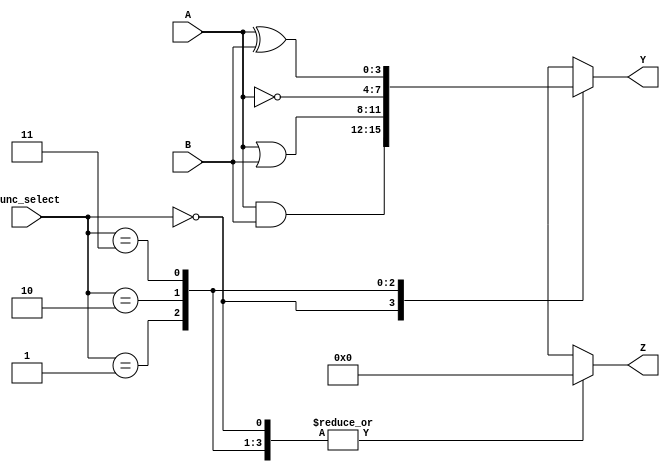
module CLB (
    input wire [3:0] A,         // Inputs (A, B, C, D)
    input wire [3:0] B,         
    input wire [1:0] func_select, // Function select (00: AND, 01: OR, 10: NOT, 11: XOR)
    output reg [3:0] Y,         // Outputs (Y)
    output reg [3:0] Z          // Additional output (Z)
);

// Combinational logic implementation
always @(*) begin
    case (func_select)
        2'b00: begin // AND Function
            Y = A & B;
            Z = 4'b0; // No additional output for AND
        end
        2'b01: begin // OR Function
            Y = A | B;
            Z = 4'b0; // No additional output for OR
        end
        2'b10: begin // NOT Function (assuming A is the only input for NOT)
            Y = ~A;
            Z = 4'b0; // No additional output for NOT
        end
        2'b11: begin // XOR Function
            Y = A ^ B;
            Z = 4'b0; // No additional output for XOR
        end
        default: begin
            Y = 4'b0000; // Default case
            Z = 4'b0;
        end
    endcase
end

endmodule